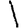
Digit: 1